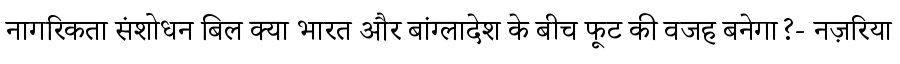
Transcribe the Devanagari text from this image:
नागरिकता संशोधन बिल क्या भारत और बांग्लादेश के बीच फूट की वजह बनेगा?- नज़रिया